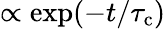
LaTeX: \propto\exp(-t/\tau_{\mathrm{c}})